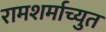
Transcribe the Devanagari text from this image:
रामशर्माच्युत